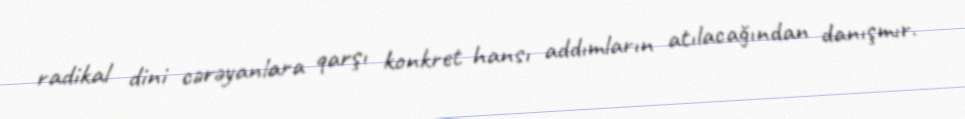
radikal dini cərəyanlara qarşı konkret hansı addımların atılacağından danışmır.